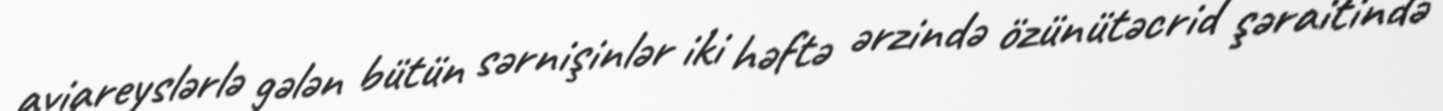
aviareyslərlə gələn bütün sərnişinlər iki həftə ərzində özünütəcrid şəraitində